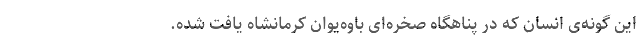
این گونه‌ی انسان که در پناهگاه صخره‌ای باوه‌یوان کرمانشاه یافت شده.